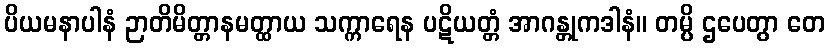
ပိယမနာပါနံ ဉာတိမိတ္တာနမတ္ထာယ သက္ကာရေန ပဋိယတ္တံ အာဂန္တုကဒါနံ။ တမ္ပိ ဌပေတွာ တေ